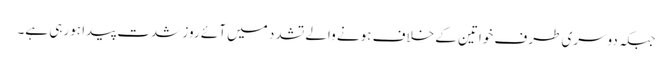
جبکہ دوسری طرف خواتین کے خلاف ہونے والے تشدد میں آئے روز شدت پیدا ہورہی ہے۔